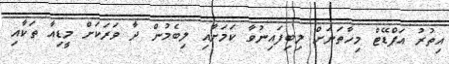
އިތުރު އަޕްޑޭޓް މިހާތަނަށް ލިބިފައިނުވާ ކަމަށާއި ލިބެމުން ދާ ވަރަކަށް މީޑިއާ ތަކާއި